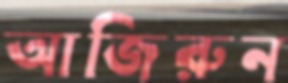
আজিরুন